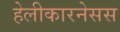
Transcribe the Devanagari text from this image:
हेलीकारनेसस